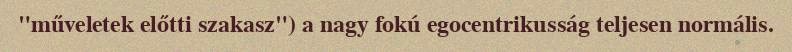
"műveletek előtti szakasz") a nagy fokú egocentrikusság teljesen normális.